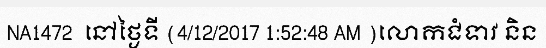
NA1472  នៅថ្ងៃទី (4/12/2017 1:52:48 AM )លោកជំទាវ និន